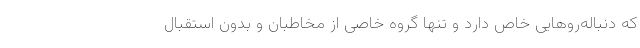
که دنباله‌رو‌هایی خاص دارد و تنها گروه خاصی از مخاطبان و بدون استقبال